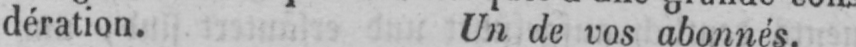
dération. Un de vos abonnés.